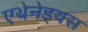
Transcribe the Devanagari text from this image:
एथेनेइयस